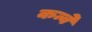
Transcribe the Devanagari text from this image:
कन्वे